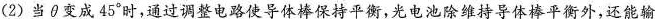
(2)当θ变成45°时，通过调整电路使导体棒保持平衡，光电池除维持导体棒平衡外，还能输